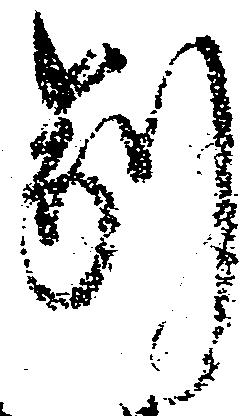
別